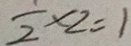
\frac { 1 } { 2 } \times 2 = 1